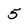
Character: 5